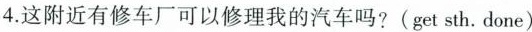
4.这附近有修车厂可以修理我的汽车吗?(get sth. Done)